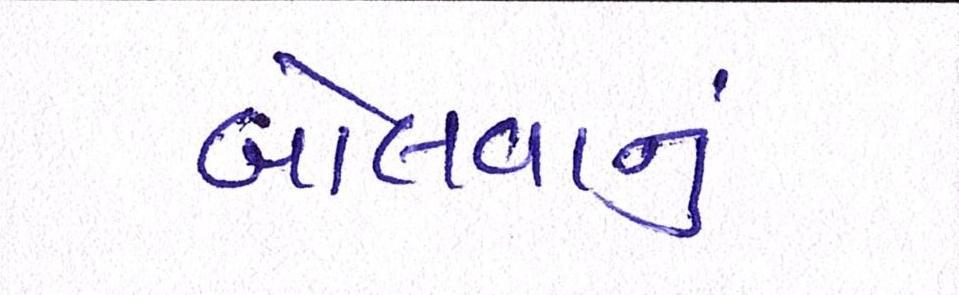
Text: બોલવાનું